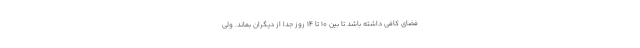
فضای کافی داشته باشد تا بین ۱۰ تا ۱۴ روز جدا از دیگران بماند. ولی